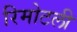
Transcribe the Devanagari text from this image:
रिमोटली